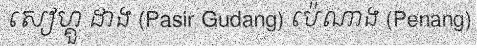
សៀហ្គួ ដាង (Pasir Gudang) ប៉េណាង (Penang)